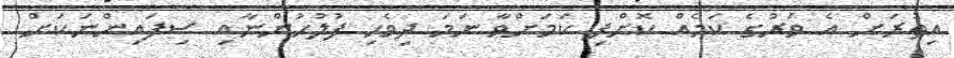
އިތުރަށް އެ ވަރުގެ ކަމެއް ކޮށްފި ކަމަށްވާ ނަމަ ދިވެހި ފުލުހުންނާއި ސިފައިންނަކަށް